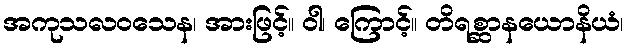
အကုသလဝသေန၊ အားဖြင့်။ ဝါ၊ ကြောင့်။ တိရစ္ဆာနယောနိယံ၊